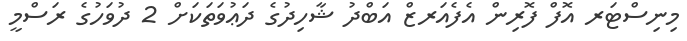
މިނިސްޓަރ އޮފް ފޮރިން އެފެއަރޒް އަބްދު ޝާހިދުގެ ދަޢުވަތަކަށް 2 ދުވަހުގެ ރަސްމީ